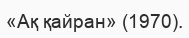
«Ақ қайран» (1970).